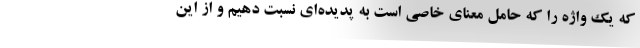
که یک واژه را که حامل معنای خاصی است به پدیده‌ای نسبت دهیم و از این